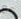
مع